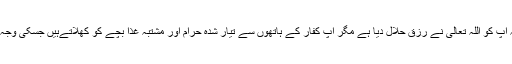
نگران حضرات نے اسکے والدین کو بلا کر سمجھایا کہ آپ کو اللہ تعالٰی نے رزق حلال دیا ہے مگر آپ کفار کے ہاتھوں سے تیار شدہ حرام اور مشتبہ غذا بچے کو کھلاتےہیں جسکی وجہ سے بچہ قرآن مجید کی برکات سے محروم ہو گیا ہے۔